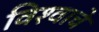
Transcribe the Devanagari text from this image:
विश्‍वाचे